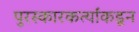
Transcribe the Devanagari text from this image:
पुरस्कारकर्त्यांकडून